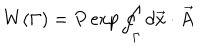
LaTeX: W ( \Gamma ) = P \exp \oint _ { \Gamma } d \vec { x } \cdot \vec { A }